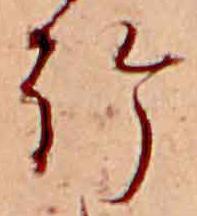
給